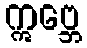
ဣဗ္ဘေ